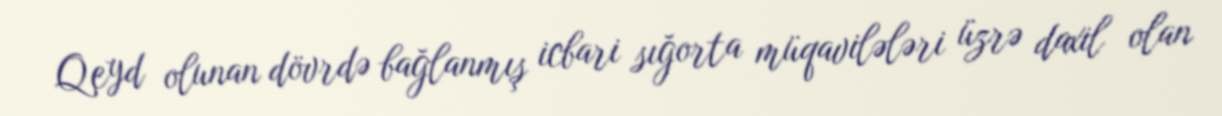
Qeyd olunan dövrdə bağlanmış icbari sığorta müqavilələri üzrə daxil olan